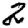
Digit: 2